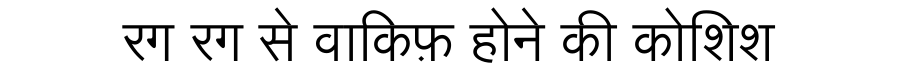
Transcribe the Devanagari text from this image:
रग रग से वाकिफ़ होने की कोशिश